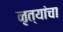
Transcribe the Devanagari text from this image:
नृत्यांचा